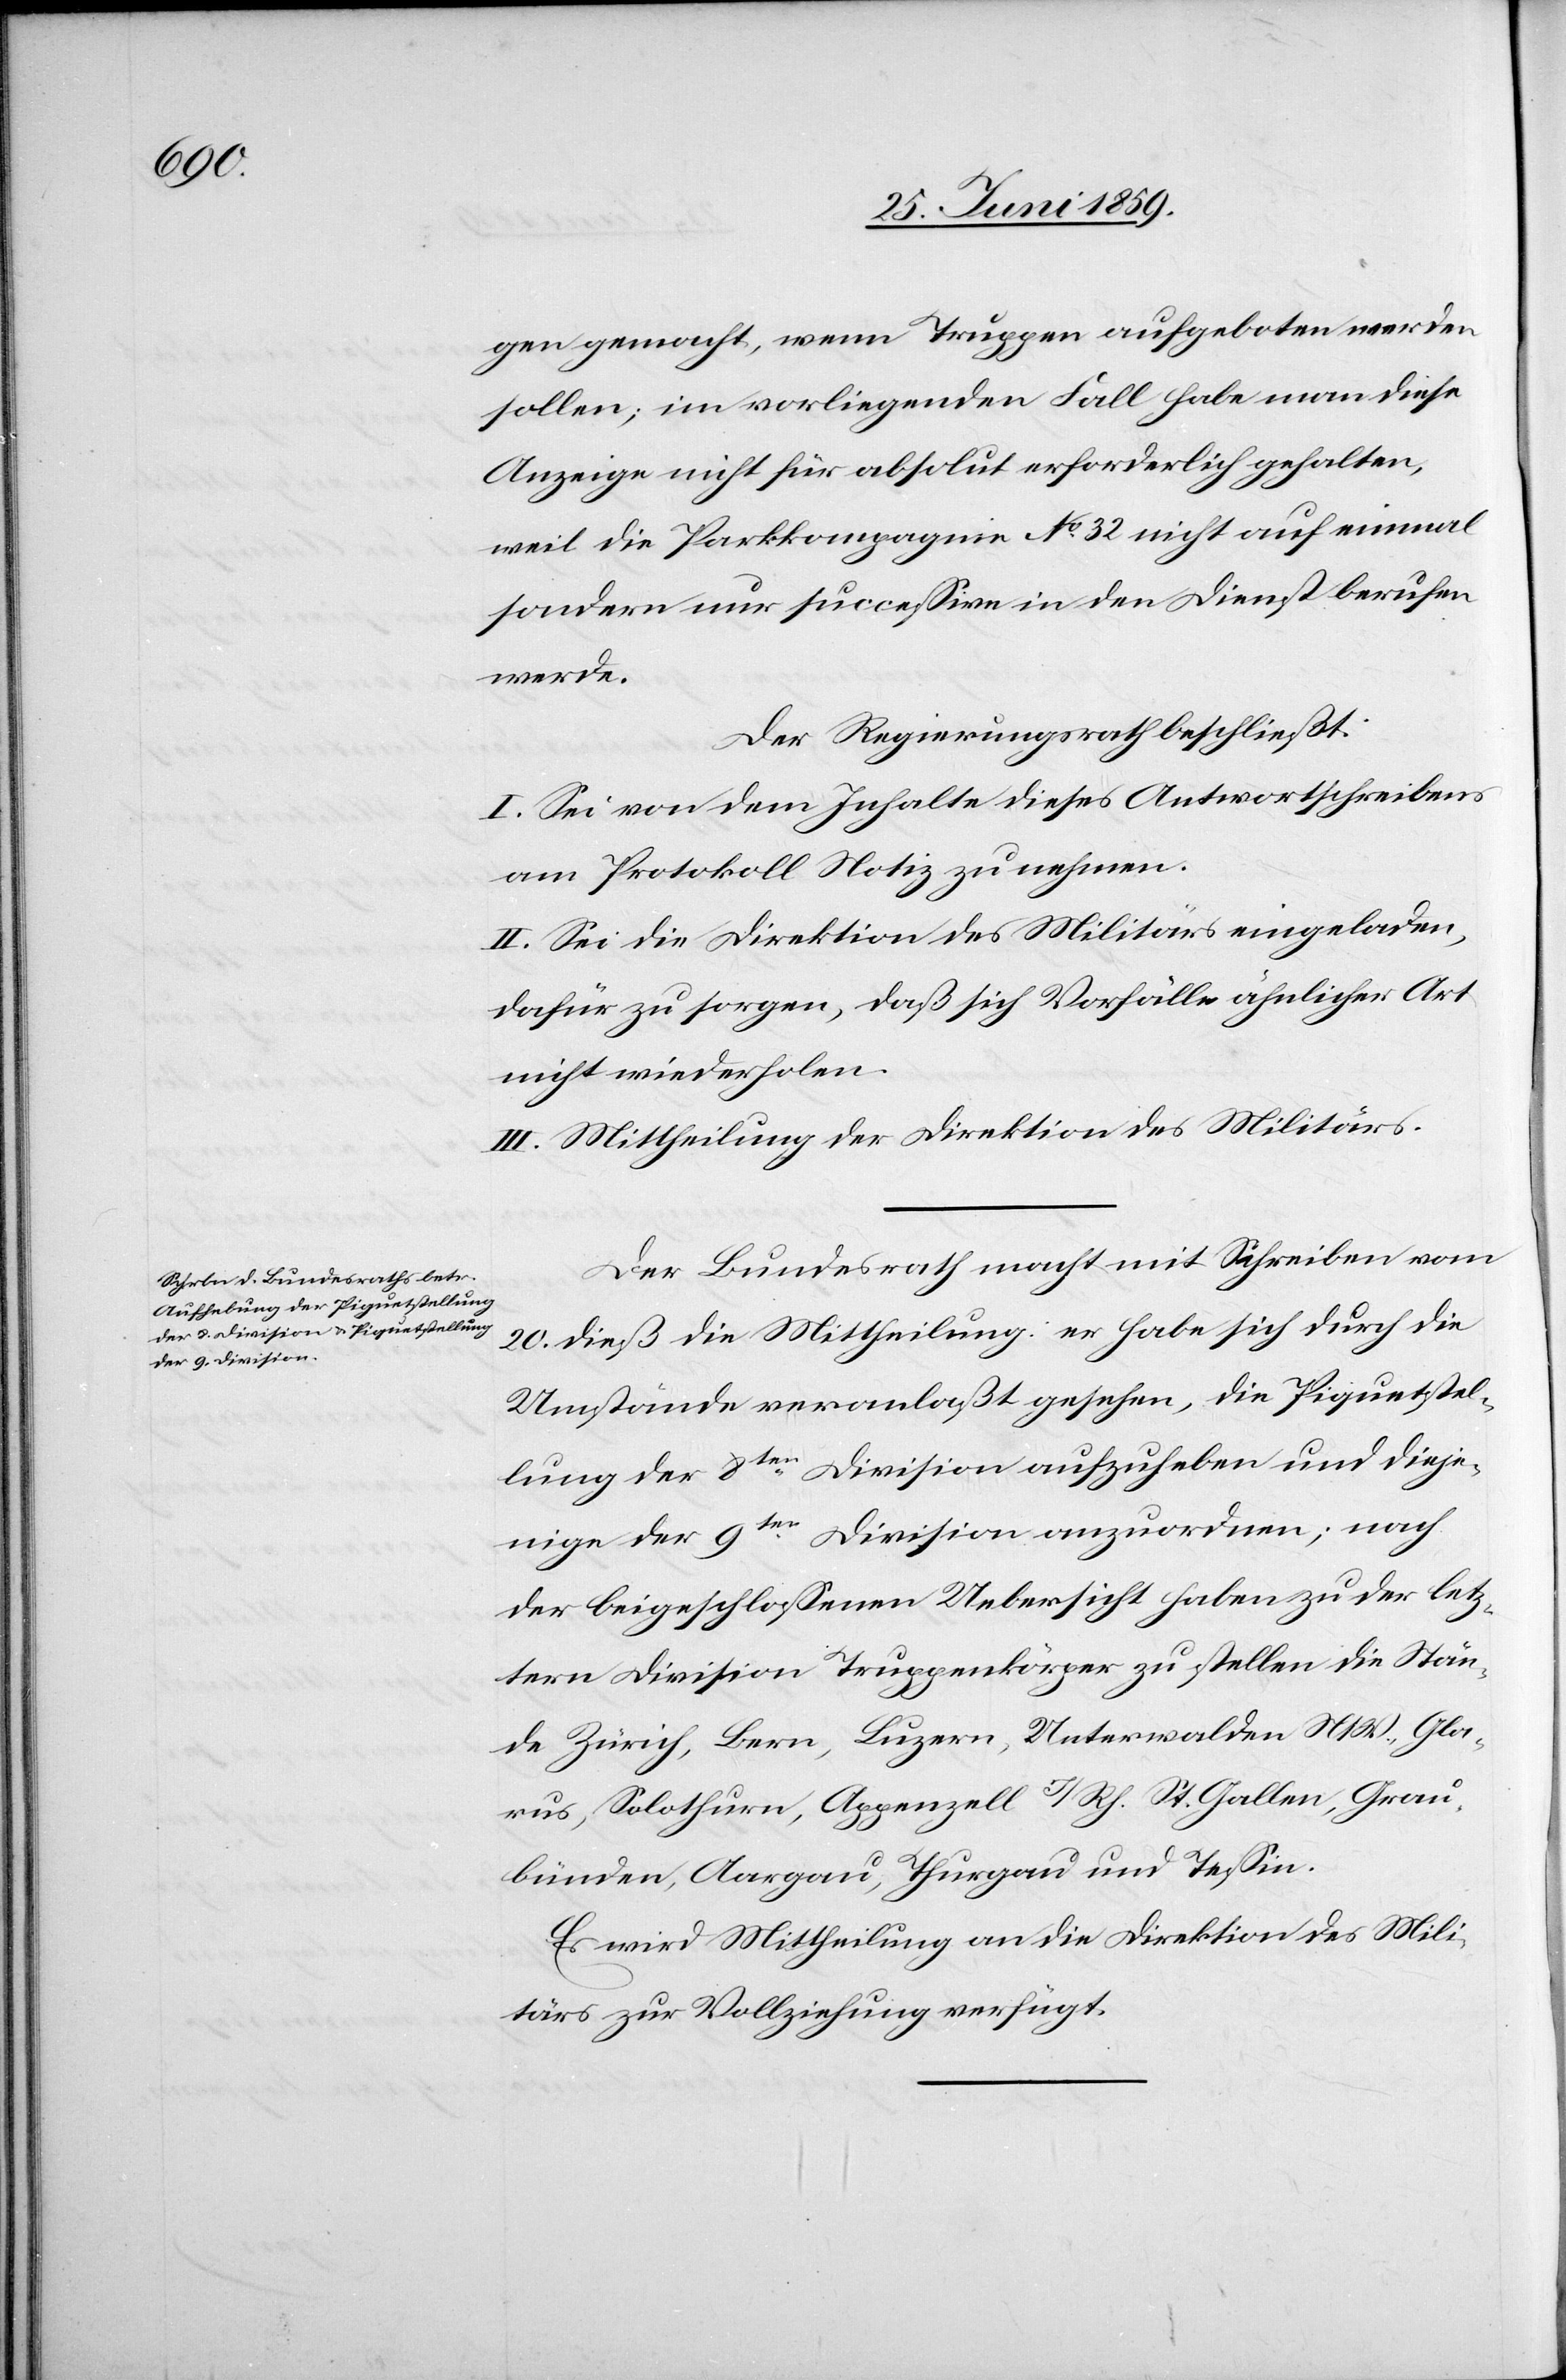
gen gemacht, wenn Truppen aufgeboten werden
sollen; im vorliegenden Fall habe man diese
Anzeige nicht für absolut erforderlich gehalten,
weil die Parkkompagnie No 32 nicht auf einmal
sondern nur successive in den Dienst berufen
werde.
Der Regierungsrath beschließt:
I. Sei von dem Inhalte dieses Antwortschreibens
am Protokoll Notiz zu nehmen.
II. Sei die Direktion des Militärs eingeladen,
dafür zu sorgen, daß sich Vorfälle ähnlicher Art
nicht wiederholen.
III. Mittheilung der Direktion des Militärs.
Der Bundesrath macht mit Schreiben vom
20. dieß die Mittheilung: er habe sich durch die
Umstände veranlaßt gesehen, die Piquetstel¬
lung der 8ten Division aufzuheben und dieje¬
nige der 9ten Division anzuordnen; nach
der beigeschlossenen Uebersicht haben zu der letz¬
tern Division Truppenkörper zu stellen die Stän¬
de Zürich, Bern, Luzern, Unterwalden N/W, Gla¬
rus, Solothurn, Appenzell I/Rh. St. Gallen, Grau¬
bünden, Aargau, Thurgau und Tessin.
Es wird Mittheilung an die Direktion des Mili¬
tärs zur Vollziehung verfügt.